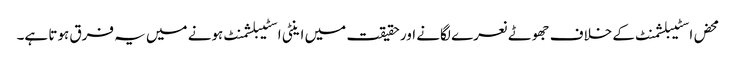
محض اسٹیبلشمنٹ کے خلاف جھوٹے نعرے لگانے اور حقیقت میں اینٹی اسٹیبلشمنٹ ہونے میں یہ فرق ہوتا ہے۔